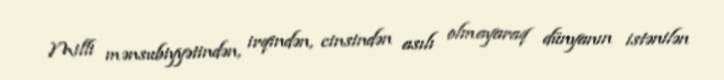
Milli mənsubiyyətindən, irqindən, cinsindən asılı olmayaraq dünyanın istənilən